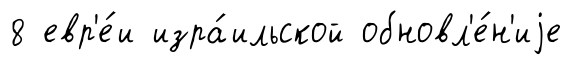
8 евр'е́и изра́ильской обновл'е́н'иjе